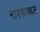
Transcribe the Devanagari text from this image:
नायकाबद्दल